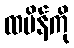
ထမိန်ကို